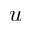
u